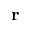
\mathbf { r }